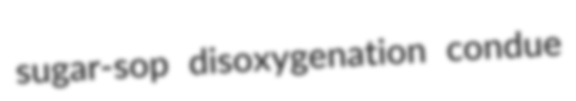
sugar-sop disoxygenation condue